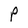
Character: P